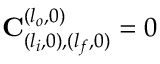
\mathbf { C } _ { ( l _ { i } , 0 ) , ( l _ { f } , 0 ) } ^ { ( l _ { o } , 0 ) } = 0